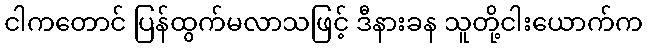
ငါကတောင် ပြန်ထွက်မလာသဖြင့် ဒီနားခန သူတို့ငါးယောက်က